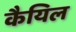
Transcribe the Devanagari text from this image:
कैयिल